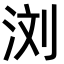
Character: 浏